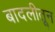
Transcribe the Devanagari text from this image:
बादलीतून